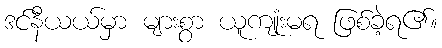
ဒင်နီယယ်မှာ များစွာ ယူကျုံးမရ ဖြစ်ခဲ့ရ၏။